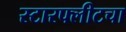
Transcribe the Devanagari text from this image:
स्टारफ्लीटचा